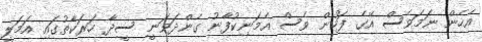
އެހެން ނަމަވެސް އޭގެ ފަހުން ވެސް އެމަނިކުފާނު ގެންދަވަނީ ސީދާ ހަރަކާތުގައި އަމަލީ